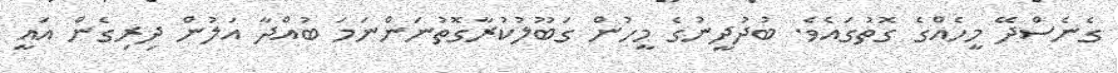
ގެނެސްދޭ މީހެއްގެ ގޮތުގައެވެ. ބުދުދީނުގެ މީހުން ގަބޫލުކުރާގޮތުނަންނަމަ ބުއްދާ އަލުން ދިރިގެން އައީ